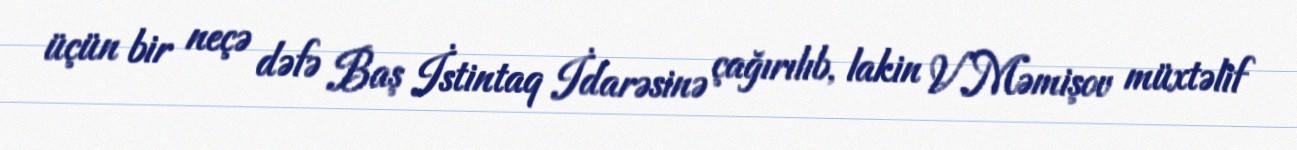
üçün bir neçə dəfə Baş İstintaq İdarəsinə çağırılıb, lakin V.Məmişov müxtəlif